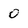
Character: 0